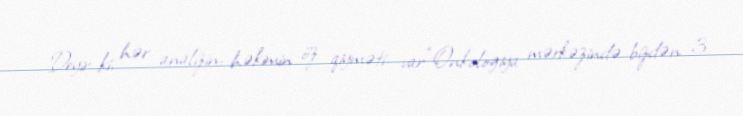
Deyir ki, hər analizin, həkimin öz qiyməti var:“Onkologiya mərkəzində bizdən 3